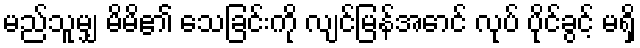
မည်သူမျှ မိမိ၏ သေခြင်းကို လျင်မြန်အောင် လုပ် ပိုင်ခွင့် မရှိ